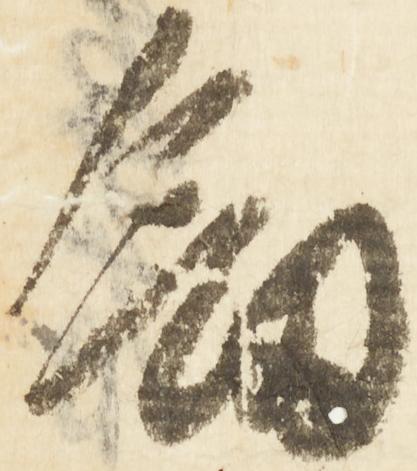
釼